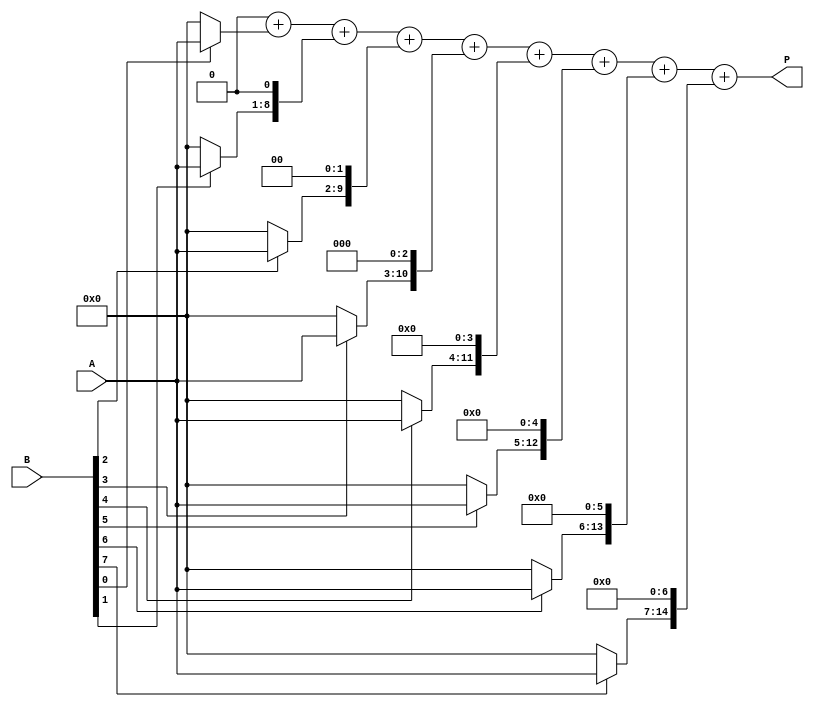
module radix2_multiplier #(parameter N = 8) (
    input  wire [N-1:0] A, // Multiplicand
    input  wire [N-1:0] B, // Multiplier
    output reg [2*N-1:0] P // Product
);

    reg [2*N-1:0] partial_products [0:N-1]; // Array to hold partial products
    integer i;

    always @(*) begin
        // Initialize product to zero
        P = 0;

        // Generate partial products
        for (i = 0; i < N; i = i + 1) begin
            partial_products[i] = (B[i] ? A : 0) << i; // Shift A based on the bit position of B
        end

        // Sum the partial products
        for (i = 0; i < N; i = i + 1) begin
            P = P + partial_products[i];
        end
    end

endmodule